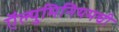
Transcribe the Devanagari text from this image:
ऍल्युमिनियमची